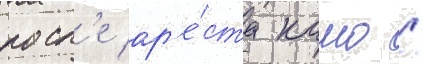
посл'е ар'е́ста камо /